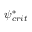
\psi _ { c r i t } ^ { * }